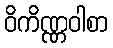
ဝိကိဏ္ဏဝါစာ